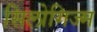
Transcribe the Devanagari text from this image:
सिलोगिज्म